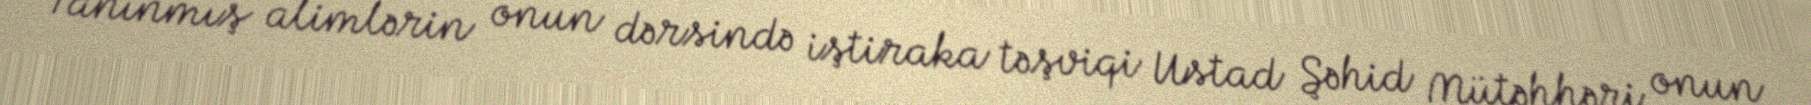
Tanınmış alimlərin onun dərsində iştiraka təşviqi Ustad Şəhid Mütəhhəri onun